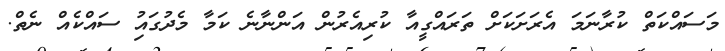
މަސައްކަތް ކުރާނަމަ އެރަށަކަށް ތަރައްގީއާ ކުރިއެރުން އަންނާނެ ކަމާ މެދުގައުި ސައްކެއް ނެތް.